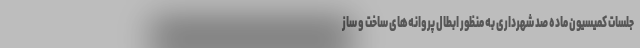
جلسات کمیسیون ماده صد شهرداری به منظور ابطال پروانه‌های ساخت و ساز